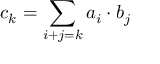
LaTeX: c _ { k } = \sum _ { i + j = k } a _ { i } \cdot b _ { j }